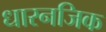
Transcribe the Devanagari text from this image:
धारनजिक